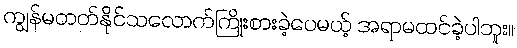
ကျွန်မတတ်နိုင်သလောက်ကြိုးစားခဲ့ပေမယ့် အရာမထင်ခဲ့ပါဘူး။